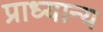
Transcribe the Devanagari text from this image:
प्राध्यान्य